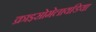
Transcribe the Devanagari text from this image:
क्राइसोमेलायडिया